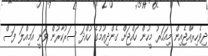
ދިވެހިރާއްޖެއިން މިއަހަރު މީހުން ހައްޖަށް ގެންދިއުމުގެ ހުއްދަ ސަރުކާރުން ވަނީ އަމިއްލަ ފަސް